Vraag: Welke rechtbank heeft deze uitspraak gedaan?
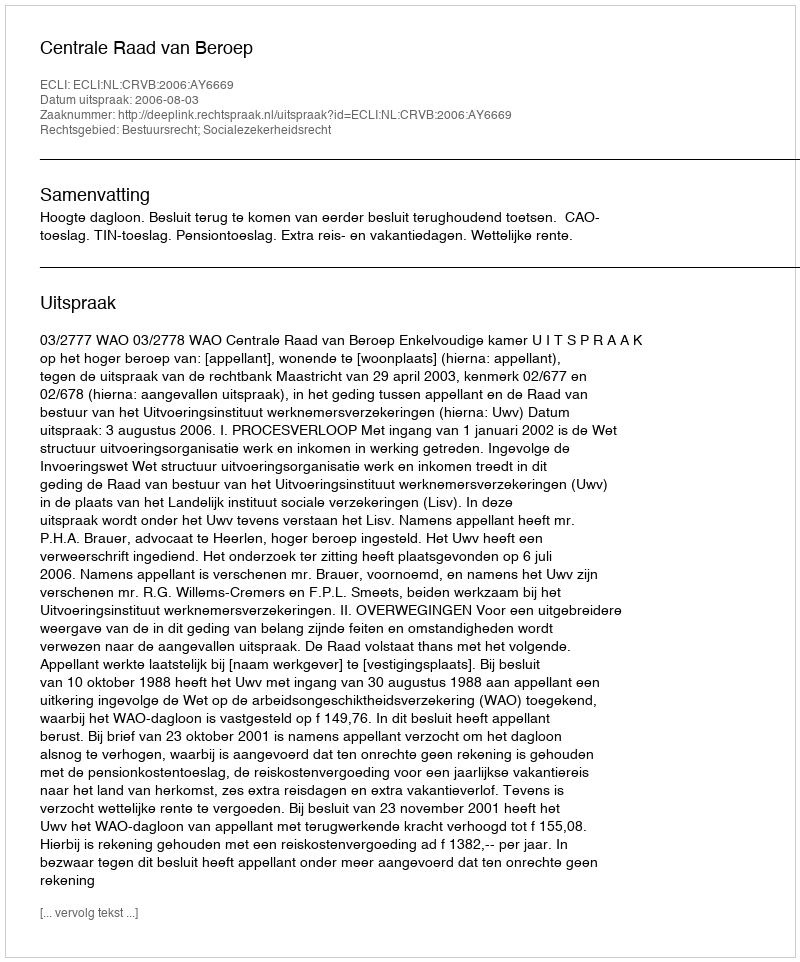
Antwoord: Centrale Raad van Beroep